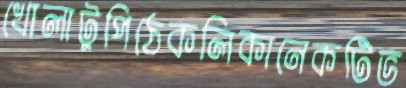
খোলাটুপিঠেকলিকানেকটিভ